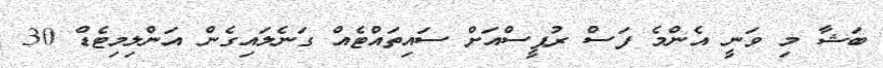
ބަޝާ މި ވަނީ އެންމެ ފަސް ރުޕީސްއަށް ސައިތައްޓެއް ގަނެލައިގެން އަންލިމިޓެޑް 30